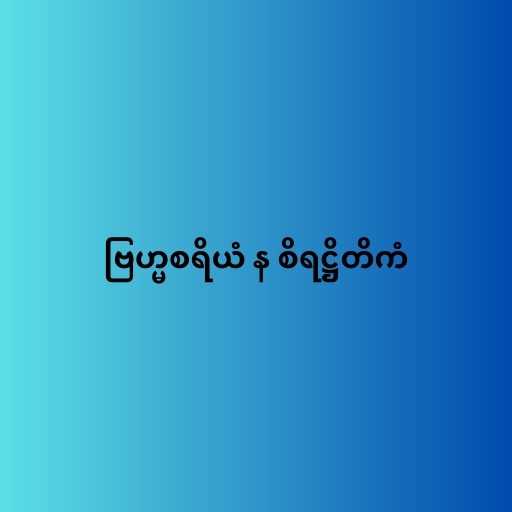
ဗြဟ္မစရိယံ န စိရဋ္ဌိတိကံ